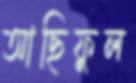
আছিফুল